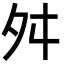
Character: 舛